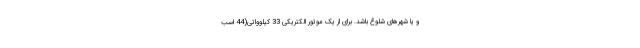
و یا شهرهای شلوغ باشد. برای از یک موتور الکتریکی 33 کیلوواتی(44 اسب